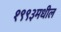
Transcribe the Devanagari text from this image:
१९९३मधील